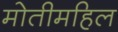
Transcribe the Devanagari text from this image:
मोतीमहिल